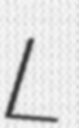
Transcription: L